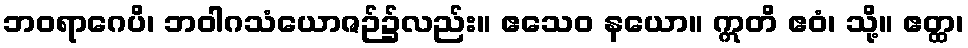
ဘဝရာဂေပိ၊ ဘဝါဂသံယောဇဉ်၌လည်း။ ဧသေဝ နယော။ ဣတိ ဧဝံ၊ သို့။ ဧတ္ထ၊